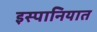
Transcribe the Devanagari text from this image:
इस्पानियात